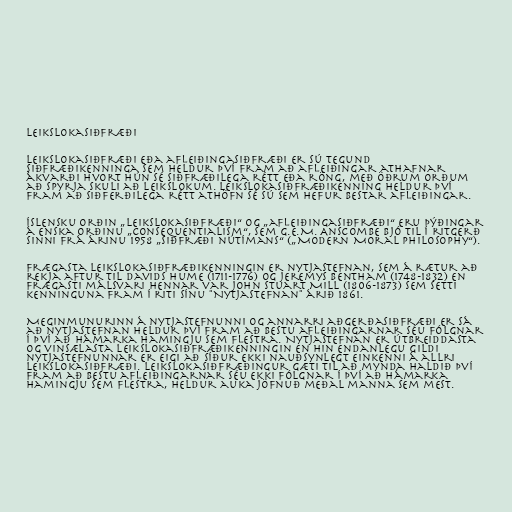
Leikslokasiðfræði

Leikslokasiðfræði eða afleiðingasiðfræði er sú tegund
siðfræðikenninga sem heldur því fram að afleiðingar athafnar
ákvarði hvort hún sé siðfræðilega rétt eða röng, með öðrum orðum
að spyrja skuli að leikslokum. Leikslokasiðfræðikenning heldur því
fram að siðferðilega rétt athöfn sé sú sem hefur bestar afleiðingar.

Íslensku orðin „leikslokasiðfræði“ og „afleiðingasiðfræði“ eru þýðingar
á enska orðinu „consequentialism“, sem G.E.M. Anscombe bjó til í ritgerð
sinni frá árinu 1958 „Siðfræði nútímans“ („Modern Moral Philosophy“).

Frægasta leikslokasiðfræðikenningin er nytjastefnan, sem á rætur að
rekja aftur til Davids Hume (1711-1776) og Jeremys Bentham (1748-1832) en
frægasti málsvari hennar var John Stuart Mill (1806-1873) sem setti
kenninguna fram í riti sínu "Nytjastefnan" árið 1861.

Meginmunurinn á nytjastefnunni og annarri aðgerðasiðfræði er sá
að nytjastefnan heldur því fram að bestu afleiðingarnar séu fólgnar
í því að hámarka hamingju sem flestra. Nytjastefnan er útbreiddasta
og vinsælasta leikslokasiðfræðikenningin en hin endanlegu gildi
nytjastefnunnar er eigi að síður ekki nauðsynlegt einkenni á allri
leikslokasiðfræði. Leikslokasiðfræðingur gæti til að mynda haldið því
fram að bestu afleiðingarnar séu ekki fólgnar í því að hámarka
hamingju sem flestra, heldur auka jöfnuð meðal manna sem mest.